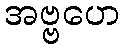
အဗ္ဗဟေ